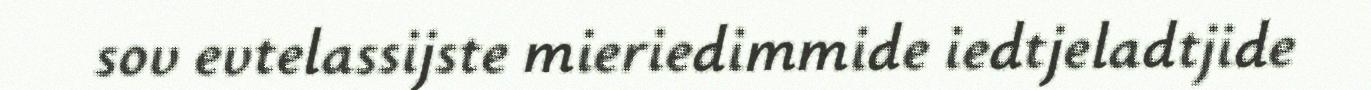
sov evtelassijste mieriedimmide iedtjeladtjide